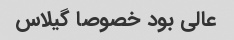
عالی بود خصوصا گیلاس